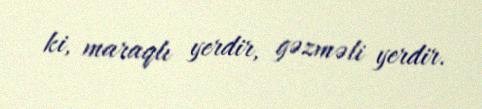
ki, maraqlı yerdir, gəzməli yerdir.